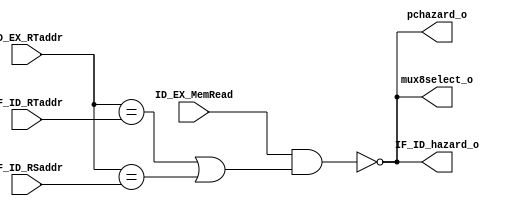
module HazardDetectionUnit(
	input ID_EX_MemRead,
	input [4:0] IF_ID_RSaddr,
	input [4:0] IF_ID_RTaddr,
	input [4:0] ID_EX_RTaddr,
	// output 
	output pchazard_o,
    output IF_ID_hazard_o,
    output mux8select_o
);
wire control;
assign control = ID_EX_MemRead && ((ID_EX_RTaddr == IF_ID_RTaddr) ||
	(ID_EX_RTaddr == IF_ID_RSaddr));
assign pchazard_o = !control;
assign IF_ID_hazard_o = !control;
assign mux8select_o = !control;
endmodule